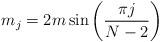
LaTeX: \begin{align*}m_j = 2m\,{\sin\left(\frac{\pi j}{N-2}\right)}\end{align*}